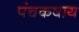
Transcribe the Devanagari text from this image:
पंचकषाय